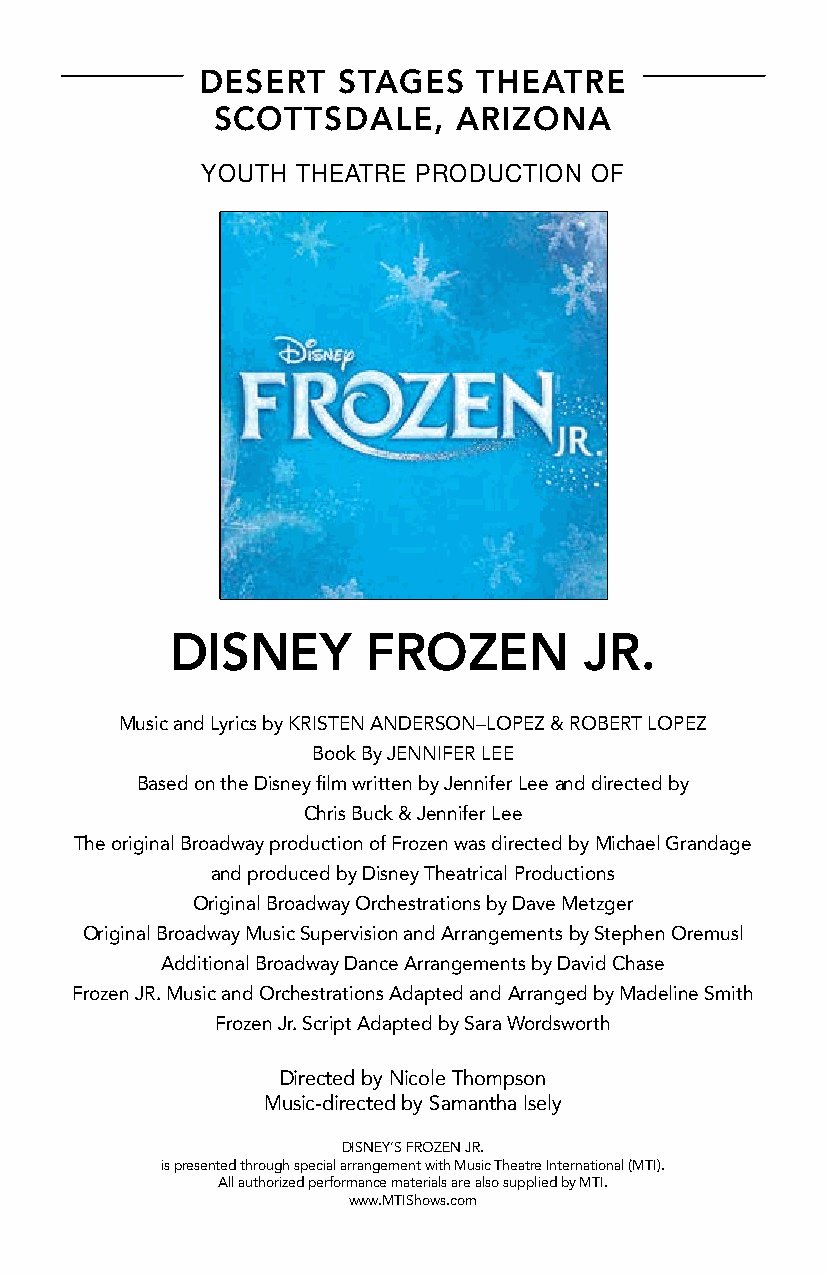
DESERT   STAGES    THEATRE
 SCOTTSDALE,     ARIZONA
 YOUTH  THEATRE PRODUCTION OF
 DISNEY       FROZEN         JR.
 Music and Lyrics by KRISTEN ANDERSON–LOPEZ & ROBERT LOPEZ
 Book By JENNIFER LEE
 Based on the Disney film written by Jennifer Lee and directed by
 Chris Buck & Jennifer Lee
 The original Broadway production of Frozen was directed by Michael Grandage
 and produced by Disney Theatrical Productions
 Original Broadway Orchestrations by Dave Metzger
 Original Broadway Music Supervision and Arrangements b y Stephen Oremusl
 Additional Broadway Dance Arrangements by David Chase
 Frozen JR. Music and Orchestrations Adapted and Arranged by Madeline Smith
 Frozen Jr. Script Adapted by Sara Wordsworth
 Directed by Nicole Thompson
 Music-directed by Samantha Isely
 DISNEY’S FROZEN JR.
 is presented through special arrangement with Music Theatre International (MTI).
 All authorized performance materials are also supplied by MTI.
 www.MTIShows.com